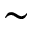
\sim